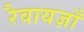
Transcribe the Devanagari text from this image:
रैवायज़ाँ